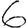
Digit: 6